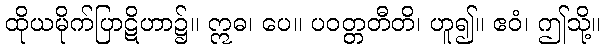
ထိုယမိုက်ပြာဋိဟာ၌။ ဣဓ၊ ပေ။ ပဝတ္တတီတိ၊ ဟူ၍။ ဧဝံ၊ ဤသို့။